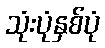
သုံးပုံနှစ်ပုံ